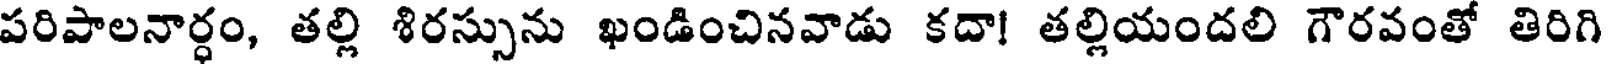
పరిపాలనార్ధం, తల్లి శిరస్సును ఖండించినవాడు కదా! తల్లియందలి గౌరవంతో తిరిగి